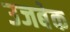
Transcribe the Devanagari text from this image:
उजबेक